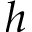
h